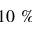
1 0 ~ \%